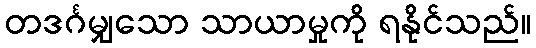
တဒင်္ဂမျှသော သာယာမှုကို ရနိုင်သည်။